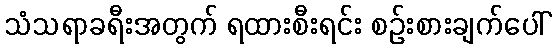
သံသရာခရီးအတွက် ရထားစီးရင်း စဉ်းစားချက်ပေါ်